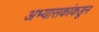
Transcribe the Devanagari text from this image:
अभ्यासकांकडून